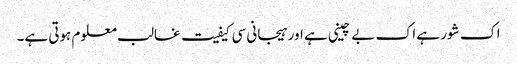
اک شور ہے اک بے چینی ہے اور ہیجانی سی کیفیت غالب معلوم ہوتی ہے۔